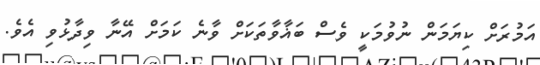
އަމުރަށް ކިޔަމަން ނުވުމަކީ ވެސް ބަޣާވާތަކަށް ވާނެ ކަމަށް އޭނާ ވިދާޅުވި އެވެ.